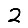
Digit: 2